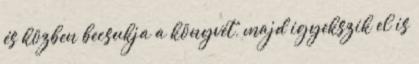
és közben becsukja a könyvét, majd igyekszik el is